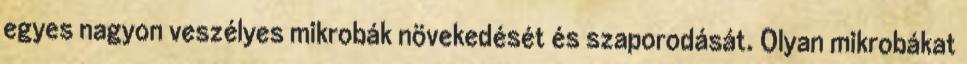
egyes nagyon veszélyes mikrobák növekedését és szaporodását. Olyan mikrobákat